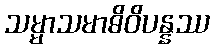
သမ္မာသမာဓိဝိပန္နဿ